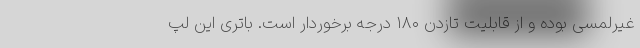
غیرلمسی بوده و از قابلیت تازدن ۱۸۰ درجه برخوردار است. باتری این لپ